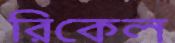
রিকেল